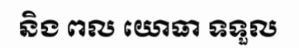
និង ពល យោធា ទទួល